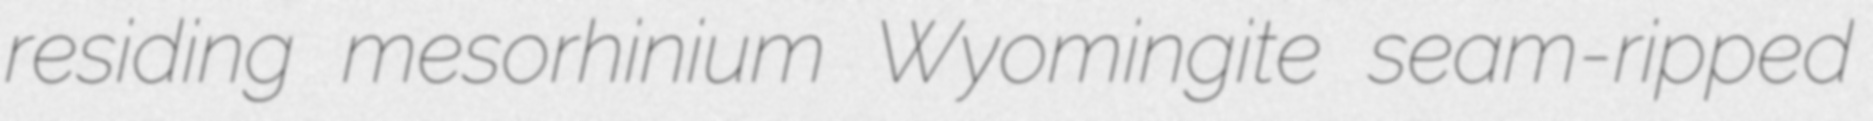
residing mesorhinium Wyomingite seam-ripped